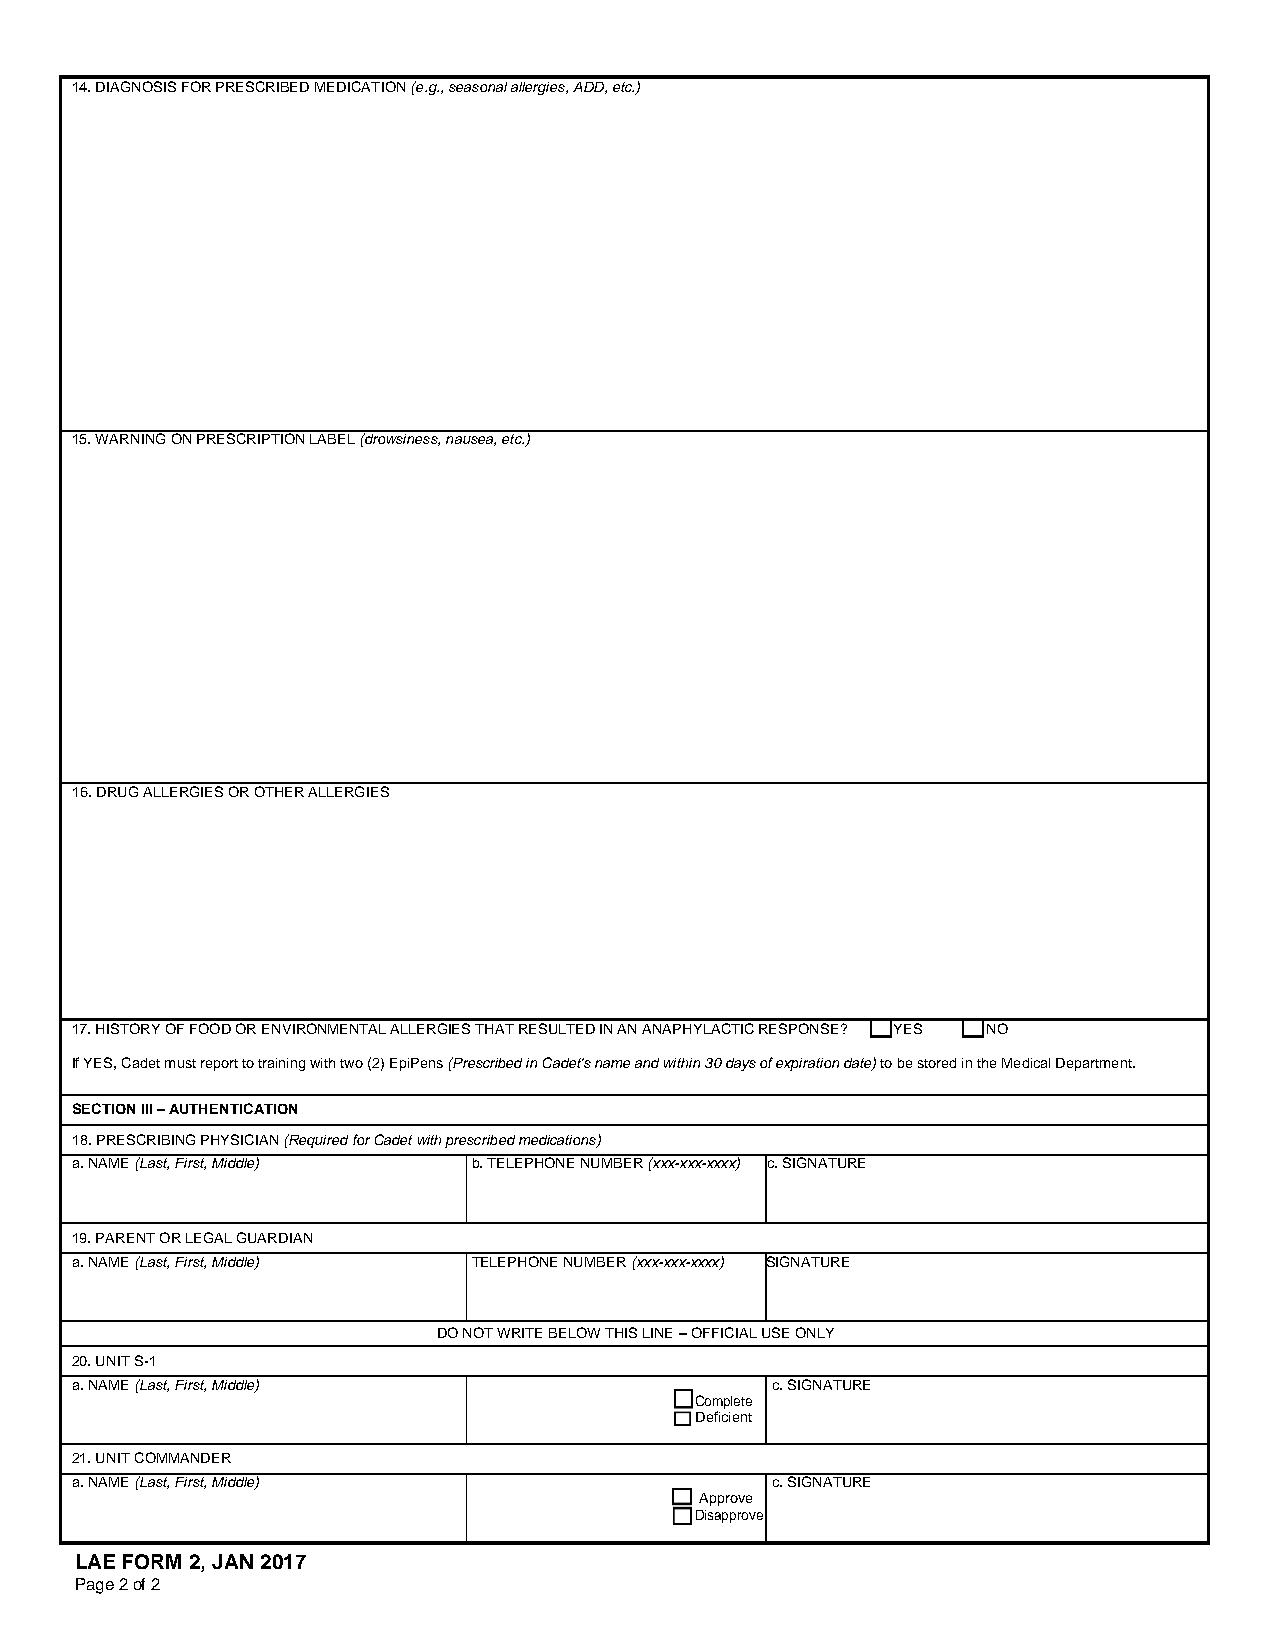
14. DIAGNOSIS FOR PRESCRIBED MEDICATION (e.g., seasonal allergies, ADD, etc.)
 15. WARNING ON PRESCRIPTION LABEL (drowsiness, nausea, etc.)
 16. DRUG ALLERGIES OR OTHER ALLERGIES
 17. HISTORY OF FOOD OR ENVIRONMENTAL ALLERGIES THAT RESULTED IN AN ANAPHYLACTIC RESPONSE?  YES  NO
 If YES, Cadet must report to training with two (2) EpiPens (Prescribed in Cadet's name and within 30 days of expiration date) to be stored in the Medical Department.
 SECTION III – AUTHENTICATION
 18. PRESCRIBING PHYSICIAN (Required for Cadet with prescribed medications)
 a. NAME (Last, First, Middle) b. TELEPHONE NUMBER (xxx-xxx-xxxx) c. SIGNATURE
 19. PARENT OR LEGAL GUARDIAN
 a. NAME (Last, First, Middle) TELEPHONE NUMBER (xxx-xxx-xxxx) SIGNATURE
 DO NOT WRITE BELOW THIS LINE – OFFICIAL USE ONLY
 20. UNIT S-1
 a. NAME (Last, First, Middle)                 c. SIGNATURE
  Complete
  Deficient
 21. UNIT COMMANDER
 a. NAME (Last, First, Middle)                 c. SIGNATURE
  Approve
  Disapprove
 LAE FORM 2, JAN 2017
 Page 2 of 2